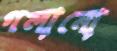
গলানো